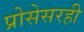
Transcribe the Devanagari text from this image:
प्रोसेसरही